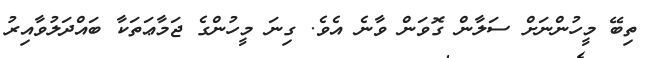
ތިބޭ މީހުންނަށް ސަލާން ގޮވަން ވާނެ އެވެ. ގިނަ މީހުންގެ ޖަމާޢަތަކާ ބައްދަލުވާއިރު